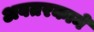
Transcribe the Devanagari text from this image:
अवतरकाने